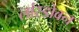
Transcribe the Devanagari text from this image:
लांस्डोवन